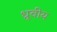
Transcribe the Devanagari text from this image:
ध्रूवीय